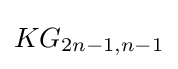
KG_{2n-1,n-1}